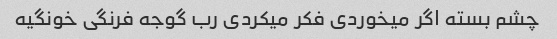
چشم بسته اگر میخوردی فکر میکردی رب گوجه فرنگی خونگیه